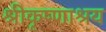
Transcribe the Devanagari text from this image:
श्रीकृष्णाश्रय